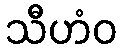
သီဟံဝ